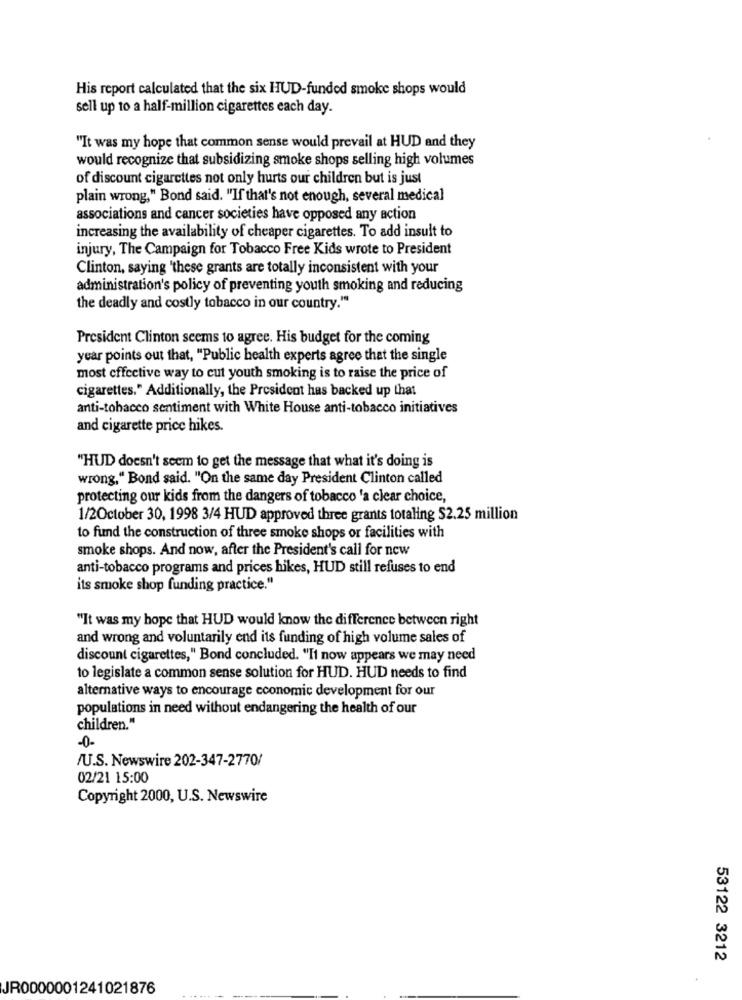
His report calculated that the six HUD-funded smoke shops would
sell up to a half-million cigarettes each day.
"It was my hope that common sense would prevail at HUD and they
would recognize that subsidizing smoke shops selling high volumes
of discount cigarettes not only hurts our children but is just
plain wrong," Bond said. "If that's not enough, several medical
associations and cancer societies have opposed any action
increasing the availability of cheaper cigarettes. To add insult to
injury, The Campaign for Tobacco Free Kids wrote to President
Clinton, saying 'these grants are totally inconsistent with your
administration's policy of preventing youth smoking and reducing
the deadly and costly tobacco in our country."
President Clinton seems to agree. His budget for the coming
year points out that, "Public health experts agree that the single
most effective way to cut youth smoking is to raise the price of
cigarettes." Additionally, the President has backed up that
anti-tobacco sentiment with White House anti-tobacco initiatives
and cigarette price hikes.
"HUD doesn't seem to get the message that what it's doing is
wrong," Bond said. "On the same day President Clinton called
protecting our kids from the dangers of tobacco 'a clear choice,
1/2October 30, 1998 3/4 HUD approved three grants totaling $2.25 million
to fund the construction of three smoke shops or facilities with
smoke shops. And now, after the President's call for new
anti-tobacco programs and prices hikes, HUD still refuses to end
its smoke shop funding practice."
"It was my hope that HUD would know the difference between right
and wrong and voluntarily end its funding of high volume sales of
discount cigarettes," Bond concluded. "It now appears we may need
to legislate a common sense solution for HUD. HUD needs to find
alternative ways to encourage economic development for our
populations in need without endangering the health of our
children."
-0-
/U.S. Newswire 202-347-2770/
02/21 15:00
Copyright 2000, U.S. Newswire
53122 3212
JR0000001241021876